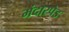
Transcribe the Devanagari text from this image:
मंदारपेड